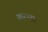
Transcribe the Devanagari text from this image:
करमा।